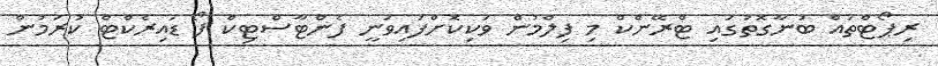
ރިޕޯޓްތައް ބުނާގޮތުގައި ޓްރޭންކް މި ފިލްމުން ވަކިކޮށްފައިވަނީ ފެންޓާސްޓިކް ފޯ ޑައިރެކްޓް ކުރަމުން